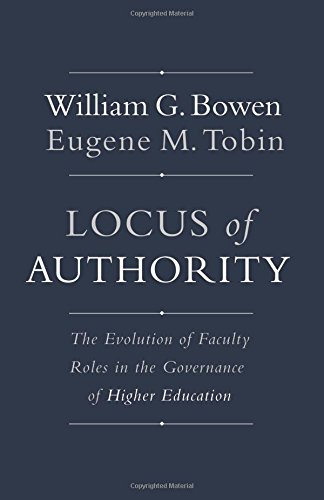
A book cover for Locus of Authority: The Evolution of Faculty Roles in the Governance of Higher Education; William G. Bowen; Education & Teaching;